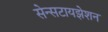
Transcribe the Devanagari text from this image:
सेन्सटायझेशन